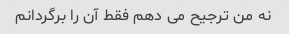
نه من ترجیح می دهم فقط آن را برگردانم